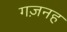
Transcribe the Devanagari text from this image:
गज़नह